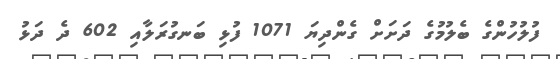
ފުލުހުންގެ ބެލުމުގެ ދަށަށް ގެންދިޔަ 1071 ފުޅި ބަނގުރަލާއި 602 ދެ ދަޅު